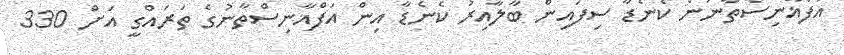
އަފްޣާނިސްތާނުން ކެނެޑާ ސިފައިން ބާލާއިރު ކެނެޑާ އިން އަފްޣާނިސްތާނުގެ ތަރައްގީ އަށް 330